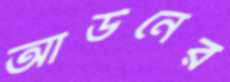
আউনের